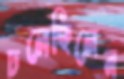
ঢলেছিলেন